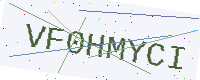
Text: VF0HMYCI